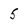
Character: 5